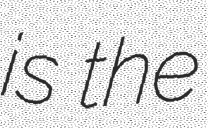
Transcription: is the